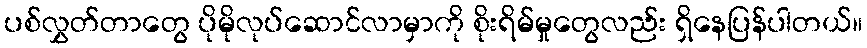
ပစ်လွှတ်တာတွေ ပိုမိုလုပ်ဆောင်လာမှာကို စိုးရိမ်မှုတွေလည်း ရှိနေပြန်ပါတယ်။